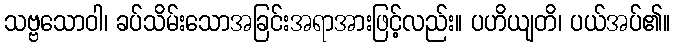
သဗ္ဗသောဝါ၊ ခပ်သိမ်းသောအခြင်းအရာအားဖြင့်လည်း။ ပဟိယျတိ၊ ပယ်အပ်၏။